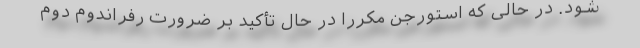
شود. در حالی که استورجن مکرراً در حال تأکید بر ضرورت رفراندوم دوم